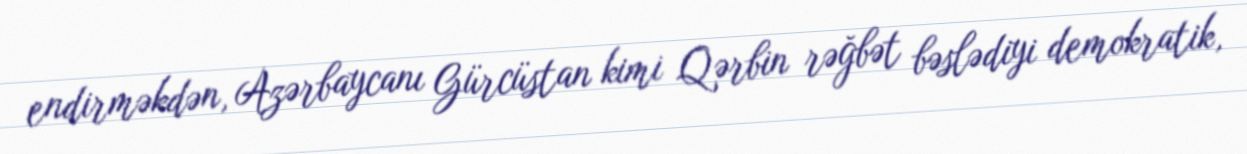
endirməkdən, Azərbaycanı Gürcüstan kimi Qərbin rəğbət bəslədiyi demokratik,